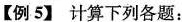
【例5】计算下列各题：